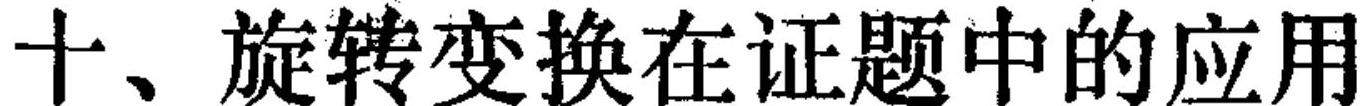
十、旋转变换在证题中的应用